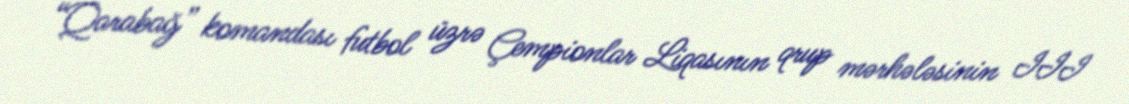
“Qarabağ” komandası futbol üzrə Çempionlar Liqasının qrup mərhələsinin III